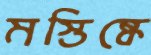
মস্তিষ্কে